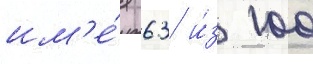
им'е́я 63 и́з 100